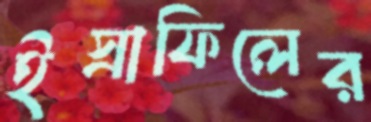
ইস্রাফিলের